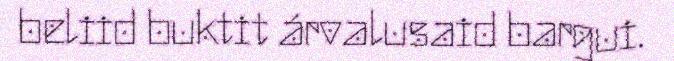
beliid buktit árvalusaid bargui.